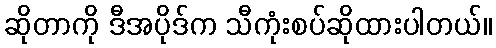
ဆိုတာကို ဒီအပိုဒ်က သီကုံးစပ်ဆိုထားပါတယ်။